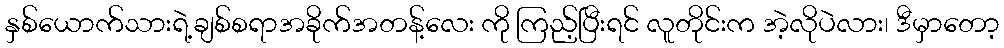
နှစ်ယောက်သားရဲ့ချစ်စရာအခိုက်အတန့်လေး ကို ကြည့်ပြီးရင် လူတိုင်းက အဲ့လိုပဲလား၊ ဒီမှာတော့